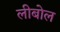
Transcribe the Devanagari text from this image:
लीबोल